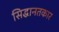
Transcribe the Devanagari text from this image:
सिद्धानतकार